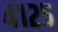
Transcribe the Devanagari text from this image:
४१२५